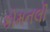
કોમનલી